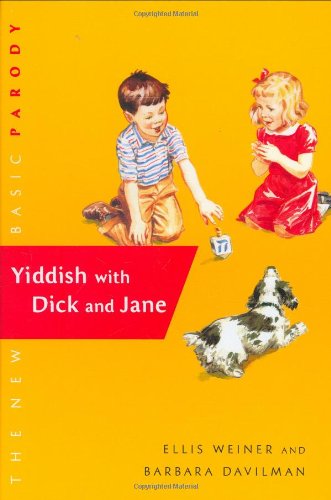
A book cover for Yiddish with Dick and Jane; Ellis Weiner; Humor & Entertainment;